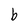
Character: b